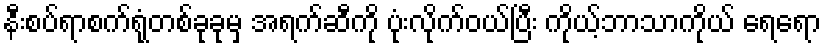
နီးစပ်ရာစက်ရုံတစ်ခုခုမှ အရက်ဆီကို ပုံးလိုက်ဝယ်ပြီး ကိုယ့်ဘာသာကိုယ် ရေရော